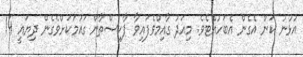
އުޅުނު ކަން އެގެން އެބަހުއްޓެވެ. މިއަދު ގާއިމްވެފައިވާ ޕާކިސްތާން ގައުމަކަށްވެގެން ދިޔައީ 14